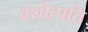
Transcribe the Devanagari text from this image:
वंशोत्पति